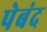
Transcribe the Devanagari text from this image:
पेबंद